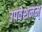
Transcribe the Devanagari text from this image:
उपवेशनम्